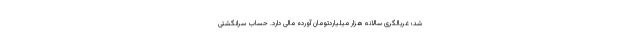
شد؛ غربالگری سالانه هزار میلیاردتومان آورده مالی دارد. حساب سرانگشتی